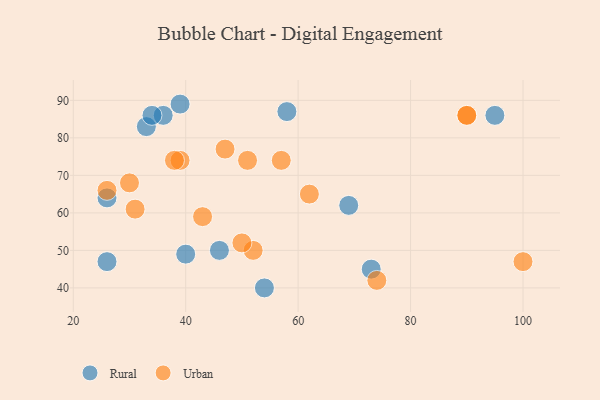
{"axis": {"x": "GDP", "y": "Life Expectancy"}, "legend": ["Rural", "Urban"], "data": [{"x": "73", "y": 45, "type": "Rural"}, {"x": "33", "y": 83, "type": "Rural"}, {"x": "69", "y": 62, "type": "Rural"}, {"x": "54", "y": 40, "type": "Rural"}, {"x": "40", "y": 49, "type": "Rural"}, {"x": "36", "y": 86, "type": "Rural"}, {"x": "39", "y": 89, "type": "Rural"}, {"x": "26", "y": 47, "type": "Rural"}, {"x": "58", "y": 87, "type": "Rural"}, {"x": "46", "y": 50, "type": "Rural"}, {"x": "95", "y": 86, "type": "Rural"}, {"x": "26", "y": 64, "type": "Rural"}, {"x": "34", "y": 86, "type": "Rural"}, {"x": "52", "y": 50, "type": "Urban"}, {"x": "51", "y": 74, "type": "Urban"}, {"x": "74", "y": 42, "type": "Urban"}, {"x": "47", "y": 77, "type": "Urban"}, {"x": "39", "y": 74, "type": "Urban"}, {"x": "100", "y": 47, "type": "Urban"}, {"x": "90", "y": 86, "type": "Urban"}, {"x": "90", "y": 86, "type": "Urban"}, {"x": "43", "y": 59, "type": "Urban"}, {"x": "26", "y": 66, "type": "Urban"}, {"x": "30", "y": 68, "type": "Urban"}, {"x": "31", "y": 61, "type": "Urban"}, {"x": "50", "y": 52, "type": "Urban"}, {"x": "38", "y": 74, "type": "Urban"}, {"x": "57", "y": 74, "type": "Urban"}, {"x": "62", "y": 65, "type": "Urban"}]}